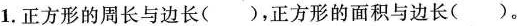
1.正方形的周长与边长（），正方形的面积与边长（）。